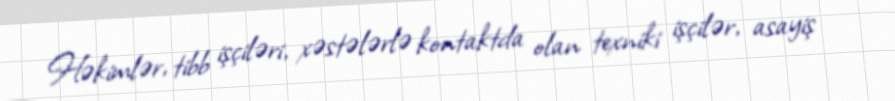
Həkimlər, tibb işçiləri, xəstələrlə kontaktda olan texniki işçilər, asayiş